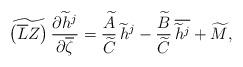
LaTeX: \begin{align*}\widetilde{\left(\overline{L}Z\right)}\, \frac{\partial \widetilde{h}^{j}}{\partial \overline{\zeta}} =\frac{\widetilde{A}}{\widetilde{C}}\,\widetilde{h}^{j}-\frac{\widetilde{B}}{\widetilde{C}}\,\overline{\widetilde{h}^{j}}+\widetilde{M},\end{align*}